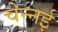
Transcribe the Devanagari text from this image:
चेन्नर्इ